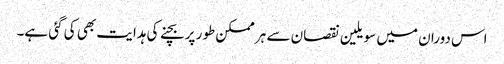
اس دوران میں سویلین نقصان سے ہر ممکن طور پر بچنے کی ہدایت بھی کی گئی ہے۔